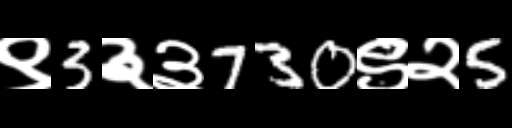
Text: ९3३३730९२5